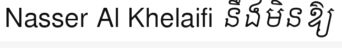
Nasser Al Khelaifi នឹងមិនឱ្យ